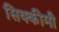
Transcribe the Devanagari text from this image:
सिक्कीमी